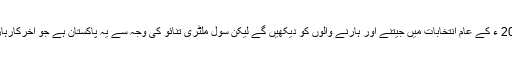
ہم 2018 ء کے عام انتخابات میں جیتنے اور ہارنے والوں کو دیکھیں گے لیکن سول ملٹری تنائو کی وجہ سے یہ پاکستان ہے جو آخرکارہارے گا۔